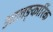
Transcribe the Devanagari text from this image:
आलङ्कारिंक